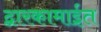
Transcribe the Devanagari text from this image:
द्वारकामाईत